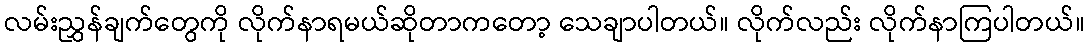
လမ်းညွှန်ချက်တွေကို လိုက်နာရမယ်ဆိုတာကတော့ သေချာပါတယ်။ လိုက်လည်း လိုက်နာကြပါတယ်။